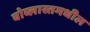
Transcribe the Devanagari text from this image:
वोब्लास्तमधील